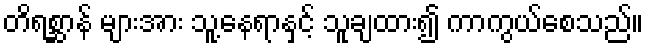
တိရစ္ဆာန် များအား သူ့နေရာနှင့် သူချထား၍ ကာကွယ်စေသည်။